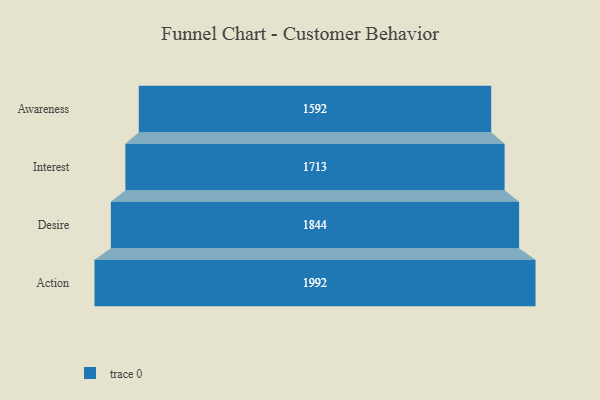
{"axis": {"x": "Stage", "y": "Value"}, "legend": [""], "data": [{"x": "Awareness", "y": 1592.0, "type": ""}, {"x": "Interest", "y": 1713.0, "type": ""}, {"x": "Desire", "y": 1844.0, "type": ""}, {"x": "Action", "y": 1992.0, "type": ""}]}